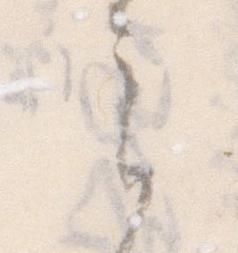
ら